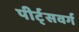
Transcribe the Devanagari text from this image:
पीर्ट्सवर्ग